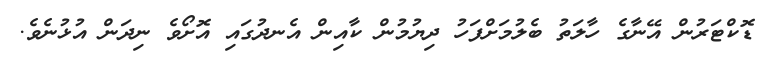
ޑޮކްޓަރުން އޭނާގެ ހާލަތު ބެލުމަށްފަހު ދިޔުމުން ކާއިން އެނދުގައި އޮށޯވެ ނިދަން އުޅުނެވެ.